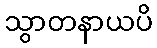
သွာတနာယပိ